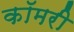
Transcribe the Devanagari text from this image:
कॉमरी